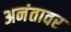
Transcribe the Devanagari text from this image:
अनंतावर